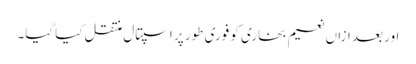
اور بعد ازاں نعیم بخاری کو فوری طور پر اسپتال منتقل کیا گیا۔